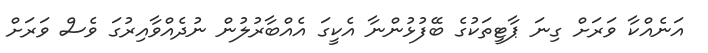
އަނެއްކާ ވަރަށް ގިނަ ޕާޓީތަކުގެ ބޭފުޅުންނާ އެކީގަ އެއްބާރުލުން ނުދެއްވާއިރުގަ ވެސް ވަރަށް